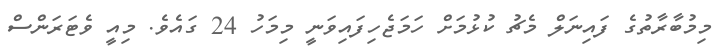
މިމުބާރާތުގެ ފައިނަލް މެޗު ކުޅުމަށް ހަމަޖެހިފައިވަނީ މިމަހު 24 ގައެވެ. މިއީ ވެޓަރަންސް